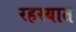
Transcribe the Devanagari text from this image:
रहस्यात